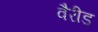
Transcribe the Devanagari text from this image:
वैरीड